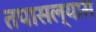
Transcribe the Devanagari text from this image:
तपासल्यास